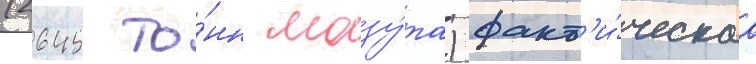
(2645 то́нн мазу́та) факт'и́ческаа